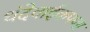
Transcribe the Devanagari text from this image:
धंदेवाईकपणा